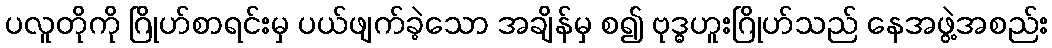
ပလူတိုကို ဂြိုဟ်စာရင်းမှ ပယ်ဖျက်ခဲ့သော အချိန်မှ စ၍ ဗုဒ္ဓဟူးဂြိုဟ်သည် နေအဖွဲ့အစည်း